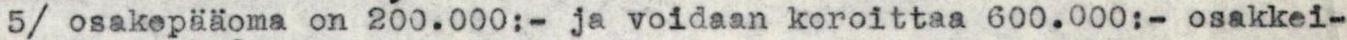
5/ osakepääoma on 200.000:- ja voidaan koroittaa 600.000:- osakkei-